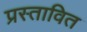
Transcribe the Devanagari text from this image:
प्रस्‍तावित